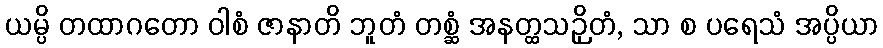
ယမ္ပိ တထာဂတော ဝါစံ ဇာနာတိ ဘူတံ တစ္ဆံ အနတ္ထသဉှိတံ, သာ စ ပရေသံ အပ္ပိယာ